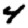
Digit: 4